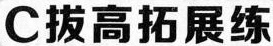
C拔高拓展练